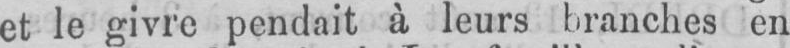
en